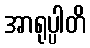
အာရုပ္ပါတိ